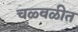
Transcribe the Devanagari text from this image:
चळ्वळीत